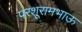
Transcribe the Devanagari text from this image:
परशूरामभाऊ